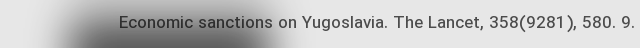
Economic sanctions on Yugoslavia. The Lancet, 358(9281), 580. 9.